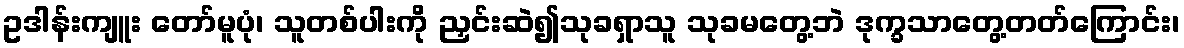
ဥဒါန်းကျူး တော်မူပုံ၊ သူတစ်ပါးကို ညှင်းဆဲ၍သုခရှာသူ သုခမတွေ့ဘဲ ဒုက္ခသာတွေ့တတ်ကြောင်း၊